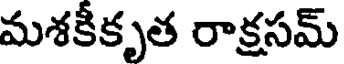
మశకీకృత రాక్షసమ్